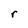
Character: r